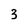
Character: 3